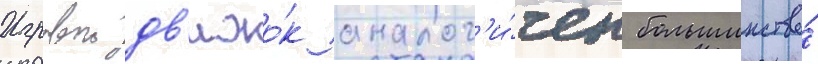
Игровои дв'ижо́к аналог'и́чен большинству́